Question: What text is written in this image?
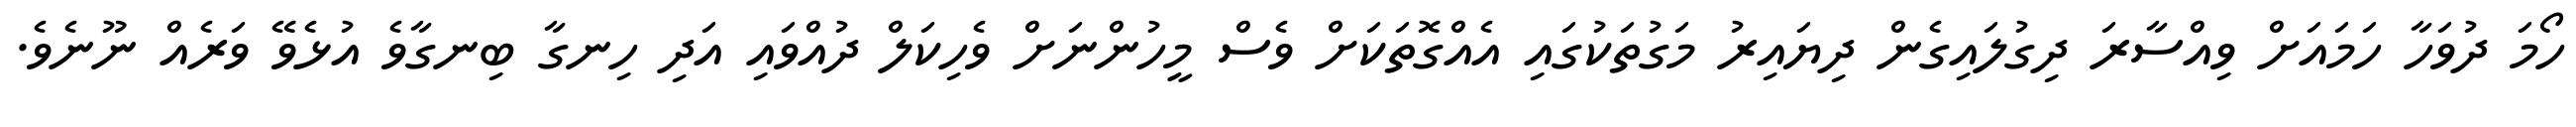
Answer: ހޯމަ ދުވަހާ ހަމައަށް ވިއްސާރަ ދިގުލައިގެން ދިޔައިރު މަގުތަކުގައި އެއްގޮތަކަށް ވެސް މީހުންނަށް ވެހިކަލް ދުއްވައި އަދި ހިނގާ ބިނގާވެ އުޅެވޭ ވަރެއް ނޫނެވެ.